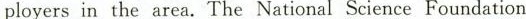
ployers in the area. The National Science Foundation